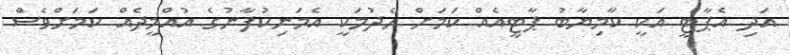
އަދި އެޕާޓީ އަކީ ކާމިޔާބު ޕާޓީއެއް ކަމަށް ހެދުމަކީ އެމަނިކުފާނުގެ އުއްމީދެއް ކަމަށްވެސް